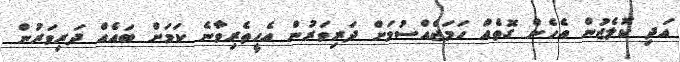
އަދި ކޮލެޖުން އެހެން ގޮތެއް ހަމަޖެއްސުމަށް ދަރިވަރުން އެހީތެރިވާނެ ކަމަށް ބައެއް ދަރިވަރުން